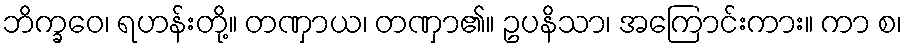
ဘိက္ခဝေ၊ ရဟန်းတို့။ တဏှာယ၊ တဏှာ၏။ ဥပနိသာ၊ အကြောင်းကား။ ကာ စ၊